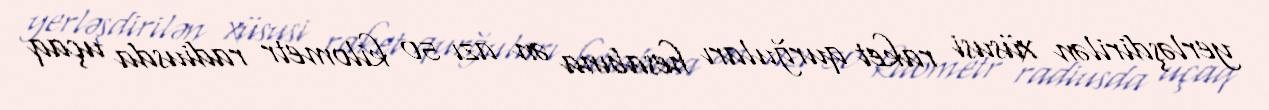
yerləşdirilən xüsusi raket qurğuları hesabına ən azı 50 kilometr radiusda uçaq